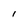
Character: I